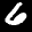
Label: 6